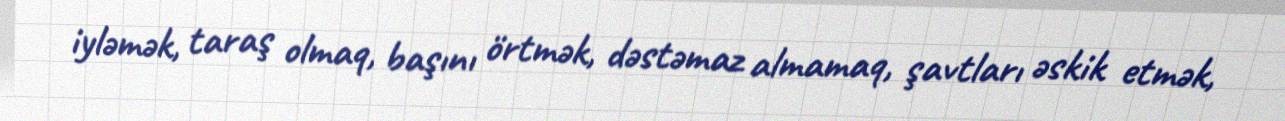
iyləmək, taraş olmaq, başını örtmək, dəstəmaz almamaq, şavtları əskik etmək,